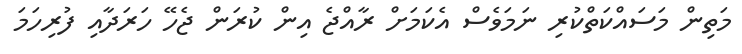
މަތިން މަސައްކަތްކުރި ނަމަވެސް އެކަމަށް ރާއްޖެ އިން ކުރަން ޖެހޭ ހަރަދާއި ފުރިހަމަ